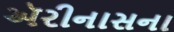
ઍરીનાસના